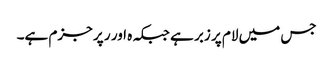
جس میں لام پر زبر ہے جبکہ ہ اور ر پر جزم ہے۔